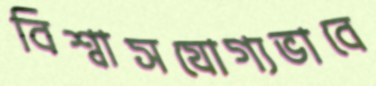
বিশ্বাসযোগ্যভাবে